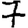
Digit: 7